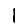
Digit: 1